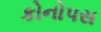
કોનોપસ